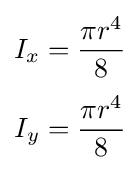
{\begin{aligned}I_{x}&={\frac {\pi r^{4}}{8}}\\[3pt]I_{y}&={\frac {\pi r^{4}}{8}}\end{aligned}}